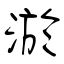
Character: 淤